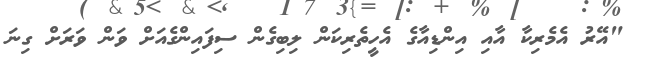
"އޭރު އެމެރިކާ އާއި އިންޑިއާގެ އެހީތެރިކަން ލިބިގެން ސިފައިންގެއަށް ވަން ވަރަށް ގިނަ